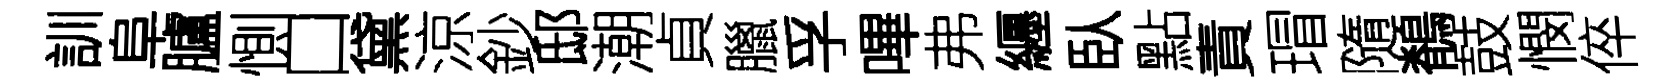
訓阜臚惻口黛涼鈔邸潮貞臘孚嗶弗纒臥點責瑁隨鶺鼓憫倅